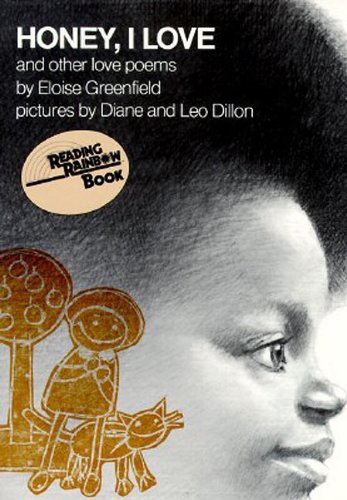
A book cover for Honey, I Love and Other Love Poems (Reading Rainbow Series); Eloise Greenfield; Children's Books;